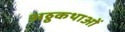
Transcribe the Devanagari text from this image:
अठ्ठकथाओं